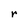
Character: r